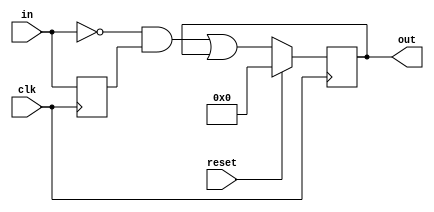
module top_module (
    input clk,
    input reset,
    input [31:0] in,
    output [31:0] out
);
    reg [31:0] d;
    always @(posedge clk)begin
        d<=in;
        out<= reset? 0:(~in&d)|out;
    end
endmodule